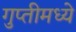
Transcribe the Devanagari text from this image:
गुप्तीमध्ये